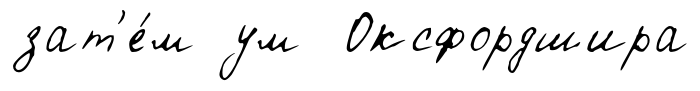
зат'е́м ум Оксфордшира